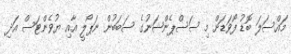
މައްސަލަ ބޮޑު ފޯވަޑަށް މި ސަސްޕެންޝަނުގެ ސަބަބުން ނަޕޯލީ އާއި ޔުވެންޓަސް އަދި